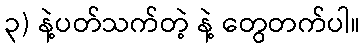
၃) နဲ့ပတ်သက်တဲ့ နဲ့ တွေတက်ပါ။